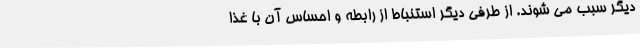
دیگر سبب می شوند. از طرفی دیگر استنباط از رابطه و احساس آن با غذا